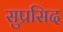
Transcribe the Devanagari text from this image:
सुप्रसिद